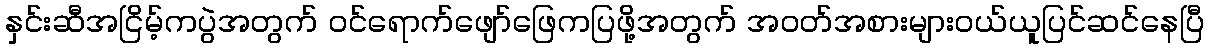
နှင်းဆီအငြိမ့်ကပွဲအတွက် ဝင်ရောက်ဖျော်ဖြေကပြဖို့အတွက် အဝတ်အစားများဝယ်ယူပြင်ဆင်နေပြီ